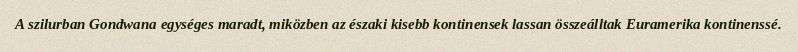
A szilurban Gondwana egységes maradt, miközben az északi kisebb kontinensek lassan összeálltak Euramerika kontinenssé.